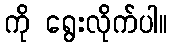
ကို ရွေးလိုက်ပါ။